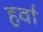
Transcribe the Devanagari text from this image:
हर्वा